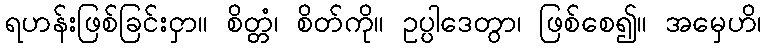
ရဟန်းဖြစ်ခြင်းငှာ။ စိတ္တံ၊ စိတ်ကို။ ဥပ္ပါဒေတွာ၊ ဖြစ်စေ၍။ အမှေဟိ၊